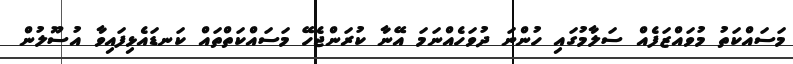
މަސައްކަތު މުވައްޒަފެއް ސަލާމުގައި ހުންނަ ދުވަހެއްނަމަ އޭނާ ކުރަންޖެހޭ މަސައްކަތްތައް ކަނޑައެޅިފައިވާ އުސޫލުން